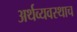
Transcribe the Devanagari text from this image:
अर्थव्यवस्थाच